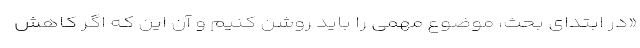
«در ابتدای بحث، موضوع مهمی را باید روشن کنیم و آن این که اگر کاهش